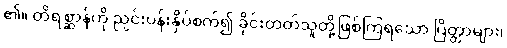
၏။ တိရစ္ဆာန်ကို ညှင်းပန်းနှိပ်စက်၍ ခိုင်းတတ်သူတို့ဖြစ်ကြရသော ပြိတ္တာများ၊